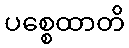
ပစ္စေထာတိ